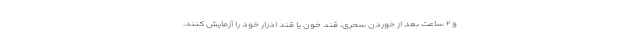
و ۲ ساعت بعد از خوردن سحری، قند خون یا قند ادرار خود را آزمایش کنند.